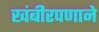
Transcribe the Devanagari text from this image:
खंबीरपणाने